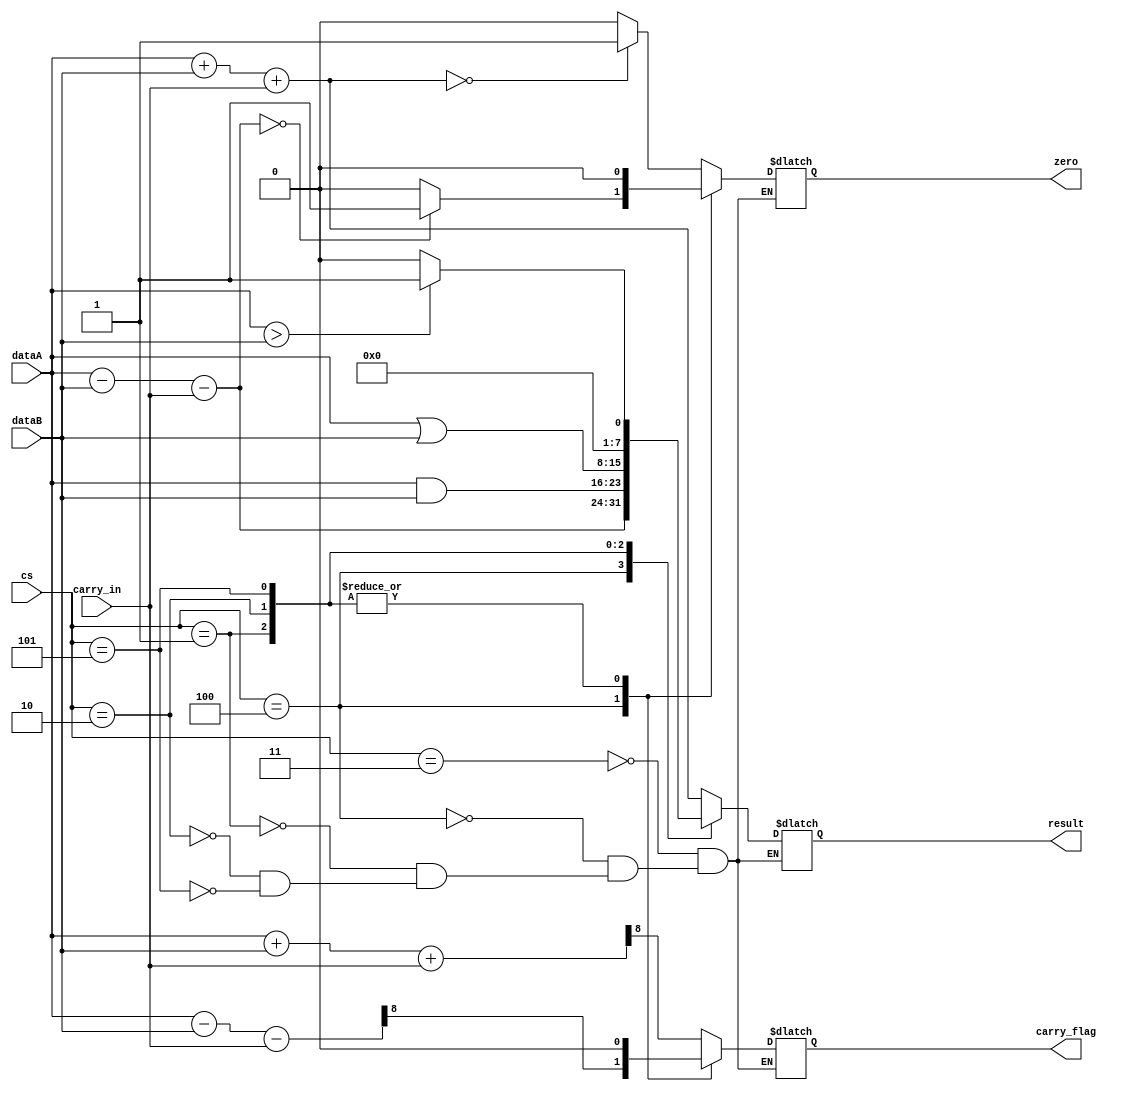
module alu (

    dataA,
    dataB,
    cs,
    carry_in,
    result,
    zero,
    carry_flag

);

    input [7:0] dataA;//1
    input [7:0] dataB;//2
    input [2:0] cs;//
    input carry_in;//

    output reg [7:0] result;//
    output reg zero;//
    output reg carry_flag;//


    reg [8:0]	carry_temp;			//
    // 001:add;
    // 010:sub;
    // 011:and;
    // 100:or;
    // 101:compare;
    always @(*) begin
        case (cs)   
        //add   10'd1011
           3'b011 : begin
            result = dataA + dataB + carry_in;
            carry_temp = {1'b0,dataA} + {1'b0,dataB} + carry_in;
            carry_flag = carry_temp[8];
				zero = 0;
				if(result == 0)
				zero = 1;
           end
        //sub   10'd1012
           3'b100 : begin
            result = dataA - dataB-carry_in;
            carry_temp = {1'b0,dataA} - {1'b0,dataB} - carry_in;
            carry_flag = carry_temp[8];
				if(result==0)
					zero = 1;
				else zero=0;
           end
        //and     10'd1009
           3'b001 :begin result = dataA & dataB; carry_flag=1'b0; zero=0; end
        //or      10'd1010
           3'b010 :begin result = dataA | dataB; carry_flag=1'b0; zero=0; end
        //compare 10'd1013
           3'b101 : begin
            result = (dataA>dataB)?8'd1:8'd0;
				carry_flag=1'b0;
				zero =0;
           end
        endcase
    end
endmodule